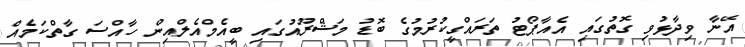
އޭނާ ވިދާޅުވި ގޮތުގައި އެއާޕޯޓު ތަރައްގީކުރުމުގެ ބޮޑު މަޝްރޫއުގައި ބީއެމްއެލްއިން ހާއްސަ ގާތްކަމެއް